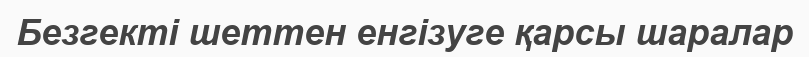
Безгекті шеттен енгізуге қарсы шаралар